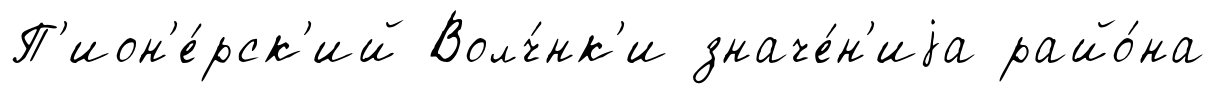
П'ион'е́рск'ий Волч́нк'и значе́н'иjа райо́на